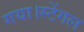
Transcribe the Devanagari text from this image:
गया।स्टेंगल